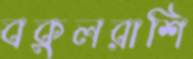
বকুলরাশি